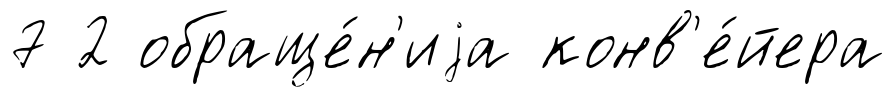
7 2 обраще́н'иjа конв'е́йера